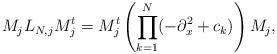
LaTeX: \begin{align*}M_jL_{N,j}M_j^t=M_j^t\left(\prod_{k=1}^N(-\partial_x^2+c_k)\right)M_j,\end{align*}